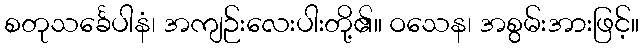
စတုသင်္ခေပါနံ၊ အကျဉ်းလေးပါးတို့၏။ ဝသေန၊ အစွမ်းအားဖြင့်။